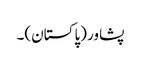
پشاو‏ر (پاکستان)۔